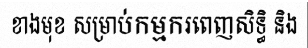
ខាងមុខ សម្រាប់កម្មករពេញសិទ្ធិ និង